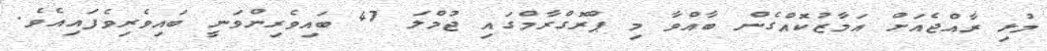
މުޅި ރާއްޖެއަށް އަމާޒުކޮައްގެން ބާއްވާ މި ޕްރޮގްރާމްގައި ޖުމްލަ 47 ބައިވެރިންވަނީ ބައިވެރިވެފައިއެވެ.